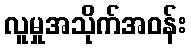
လူမှုအသိုက်အဝန်း